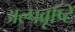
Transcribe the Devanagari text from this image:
अल्पवृष्टि